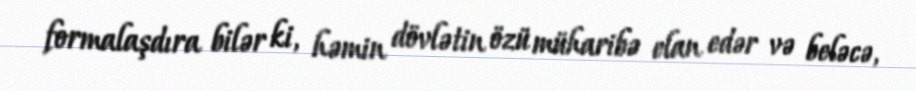
formalaşdıra bilər ki, həmin dövlətin özü müharibə elan edər və beləcə,